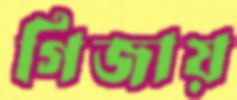
গিজায়